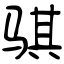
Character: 骐